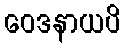
ဝေဒနာယပိ